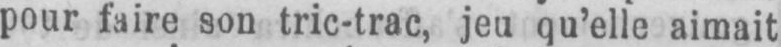
pour faire son tric-trac, jeu qu’elle aimait